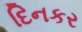
દિનકર